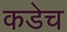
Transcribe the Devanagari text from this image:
कडेच